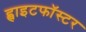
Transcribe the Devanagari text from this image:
ह्वाइटफॉस्टर